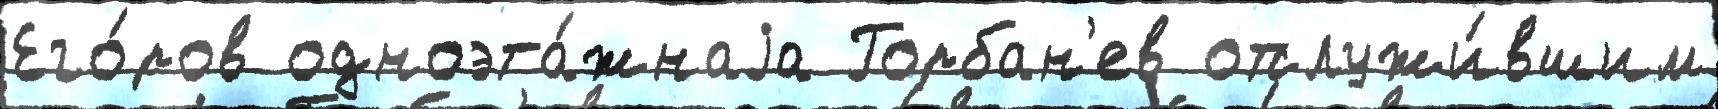
Его́ров одноэта́жнаjа Горбан'ев отслужи́вшим